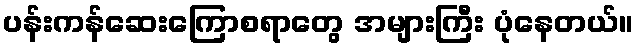
ပန်းကန်ဆေးကြောစရာတွေ အများကြီး ပုံနေတယ်။